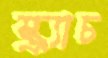
স্ক্র্যাচ